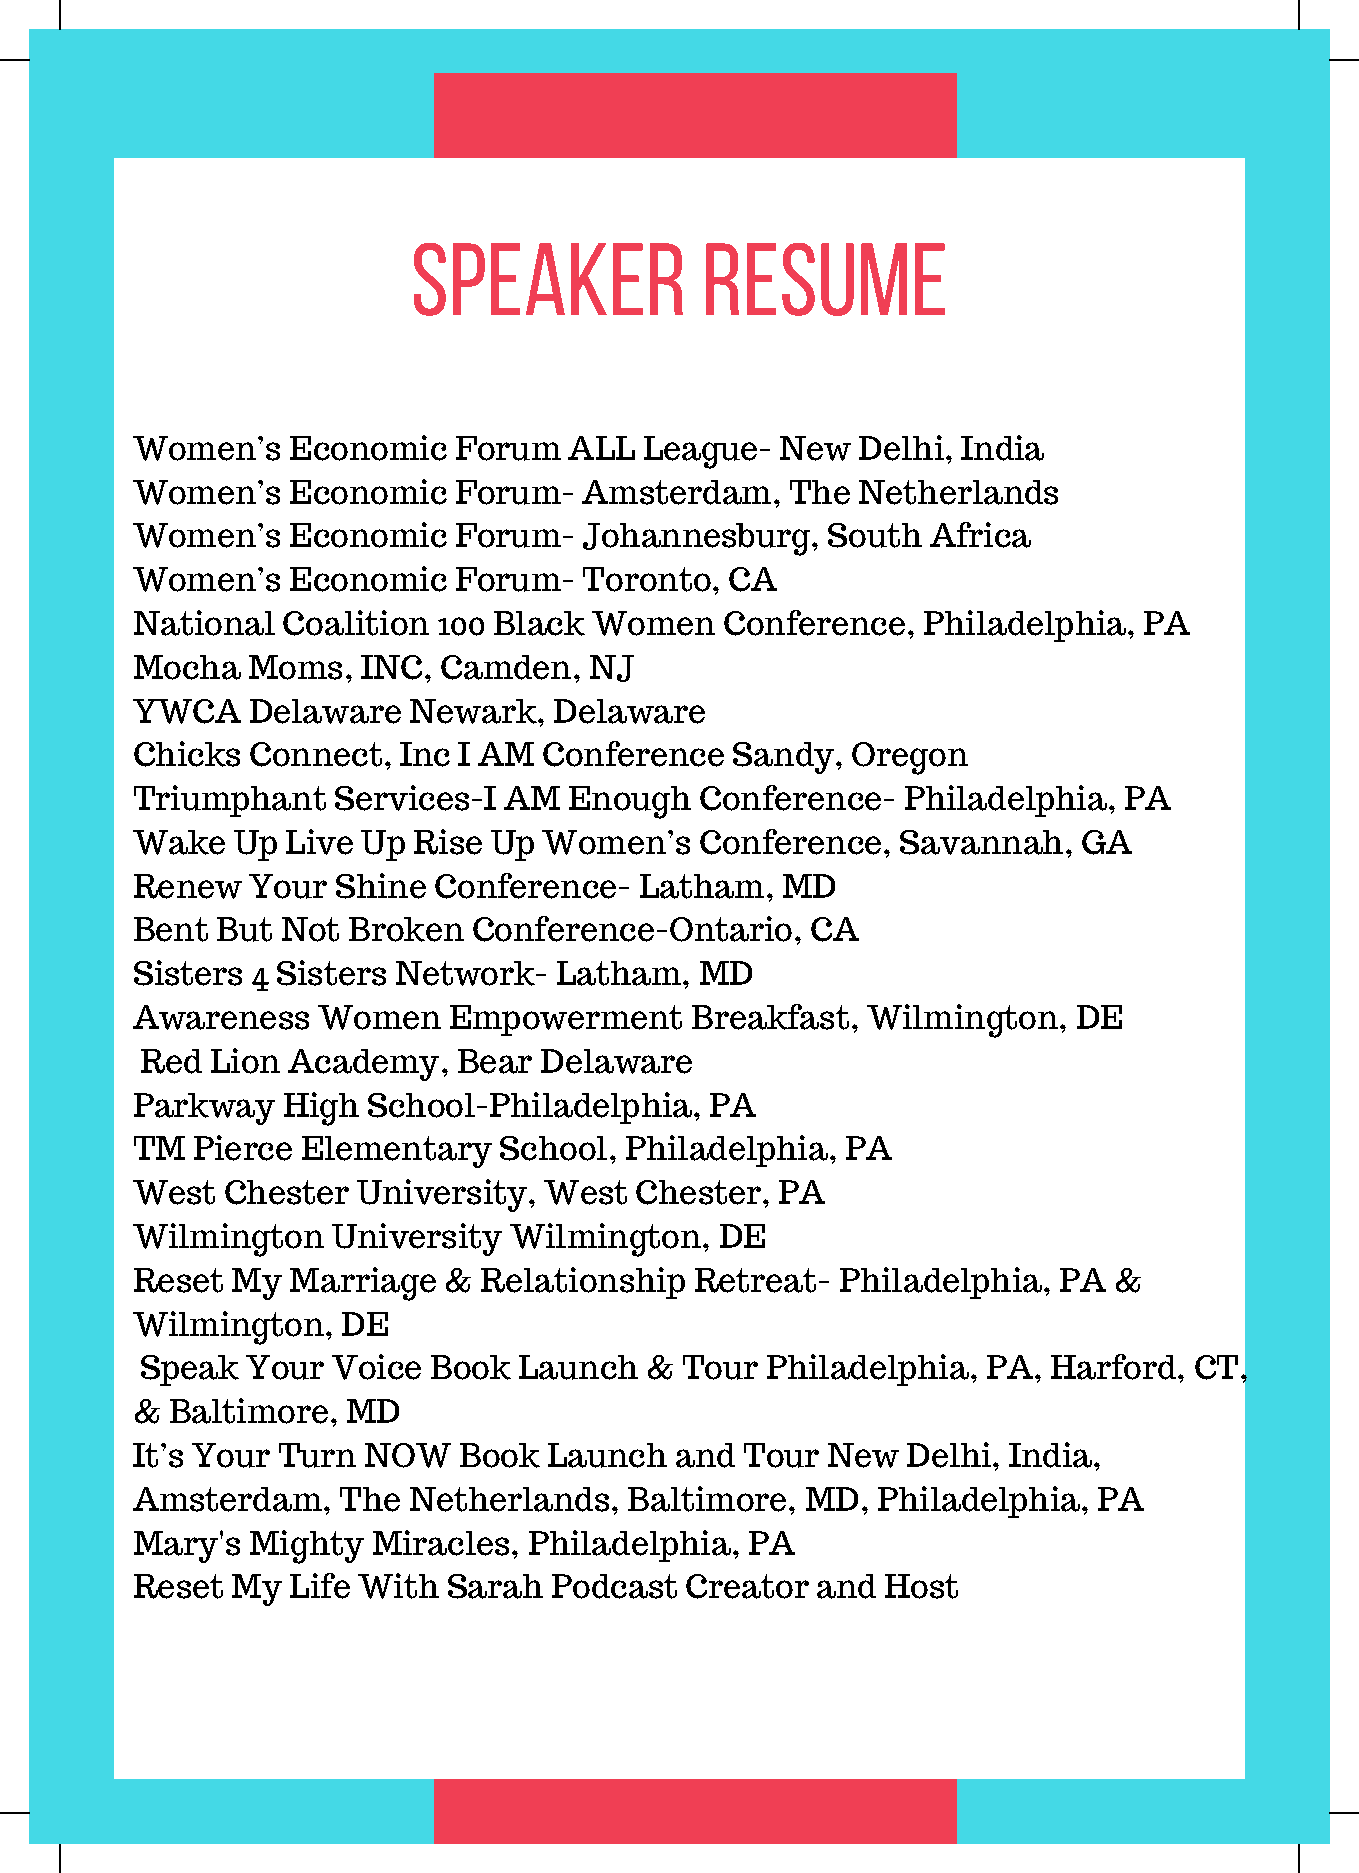
speaker            resume
 Women’s   Economic   Forum   ALL  League-  New  Delhi, India
 Women’s   Economic   Forum-   Amsterdam,   The  Netherlands
 Women’s   Economic   Forum-   Johannesburg,   South  Africa
 Women’s   Economic   Forum-   Toronto, CA
 National  Coalition 100 Black Women    Conference,  Philadelphia,  PA
 Mocha  Moms,   INC, Camden,   NJ
 YWCA   Delaware   Newark,   Delaware
 Chicks Connect,  Inc I AM  Conference  Sandy,  Oregon
 Triumphant   Services-I AM   Enough  Conference-   Philadelphia, PA
 Wake  Up  Live Up Rise Up  Women’s   Conference,   Savannah,   GA
 Renew  Your  Shine  Conference-  Latham,   MD
 Bent But  Not Broken  Conference-Ontario,    CA
 Sisters 4 Sisters Network-  Latham,  MD
 Awareness   Women    Empowerment     Breakfast, Wilmington,   DE
 Red  Lion Academy,   Bear  Delaware
 Parkway   High School-Philadelphia,   PA
 TM  Pierce Elementary   School, Philadelphia,  PA
 West  Chester  University, West  Chester, PA
 Wilmington   University  Wilmington,   DE
 Reset My  Marriage  &  Relationship  Retreat-  Philadelphia, PA  &
 Wilmington,   DE
 Speak  Your  Voice Book  Launch   & Tour  Philadelphia, PA, Harford,  CT,
 & Baltimore,  MD
 It’s Your Turn NOW   Book  Launch   and Tour  New  Delhi, India,
 Amsterdam,   The  Netherlands,   Baltimore, MD,  Philadelphia,  PA
 Mary's Mighty   Miracles, Philadelphia, PA
 Reset My  Life With  Sarah Podcast  Creator  and  Host